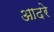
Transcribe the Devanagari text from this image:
आदरे